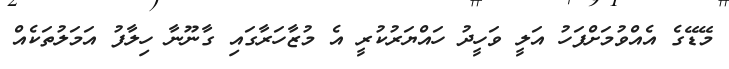
މޭޑޭގެ އެއްވުމަށްފަހު އަލީ ވަހީދު ހައްޔަރުކުރީ އެ މުޒާހަރާގައި ގާނޫނާ ހިލާފު އަމަލުތަކެއް